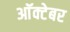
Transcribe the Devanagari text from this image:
आॅक्टेबर